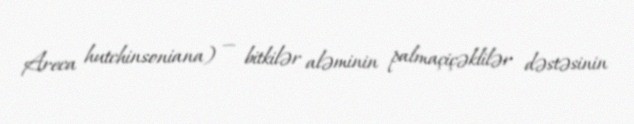
Areca hutchinsoniana) — bitkilər aləminin palmaçiçəklilər dəstəsinin